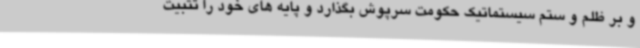
و بر ظلم و ستم سیستماتیک حکومت سرپوش بگذارد و پایه های خود را تثبیت